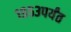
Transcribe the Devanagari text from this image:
१९५३पर्यंत